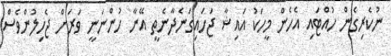
ނުކެރިގެން ހުއްޓައި އެހެން މީހަކު އައިޝާ ޖަހައިގަނެދާނެތީ އޭނާ ހުންނަނީ ވަރަށް ޖެހިލުންވެސް